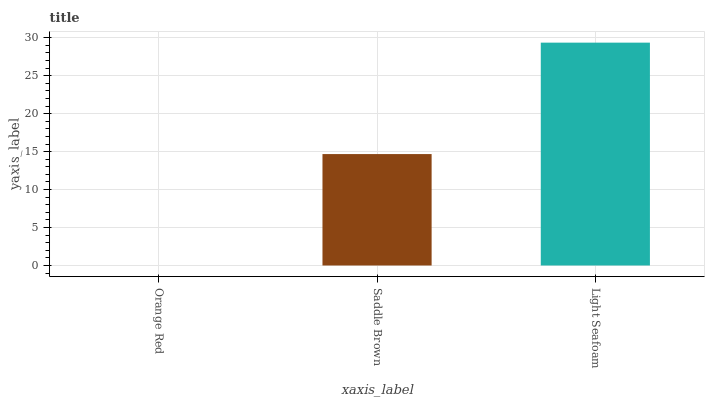
| xaxis_label | bars |
 | --- | --- |
 | Orange Red | 0 |
 | Saddle Brown | 14.7 |
 | Light Seafoam | 29.4 |